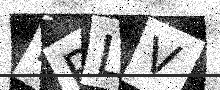
Text: EPLV